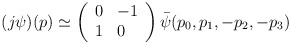
\begin{align*}(j\psi )(p)\simeq \left( \begin{array}{ll}0 & -1 \\ 1 & 0\end{array}\right) \bar{\psi}(p_{0},p_{1},-p_{2},-p_{3})\end{align*}